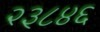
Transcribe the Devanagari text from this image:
२३८४६